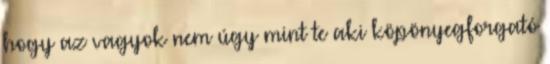
hogy az vagyok nem úgy mint te aki köpönyegforgató